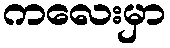
ကလေးမှာ